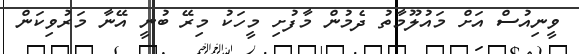
ވީނިއުސް އަށް މައުލޫމާތު ދެމުން މާފުށި މީހަކު މިރޭ ބުނީ އޭނާ މަރުވިކަން